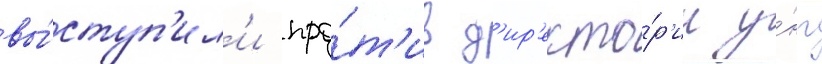
вы́ступ'ил'и про́т'ив д'ир'екто́р'ии у́нр